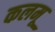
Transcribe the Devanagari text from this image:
कलमू